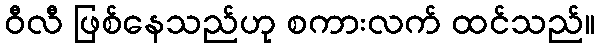
ဝီလီ ဖြစ်နေသည်ဟု စကားလက် ထင်သည်။